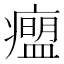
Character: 𬏾